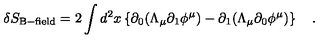
\delta S _ { \mathrm { B - f i e l d } } = 2 \int d ^ { 2 } x \left\{ \partial _ { 0 } ( \Lambda _ { \mu } \partial _ { 1 } \phi ^ { \mu } ) - \partial _ { 1 } ( \Lambda _ { \mu } \partial _ { 0 } \phi ^ { \mu } ) \right\} \quad .